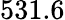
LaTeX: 531.6